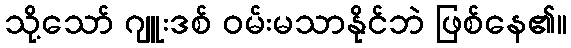
သို့သော် ဂျူးဒစ် ဝမ်းမသာနိုင်ဘဲ ဖြစ်နေ၏။